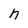
Character: h